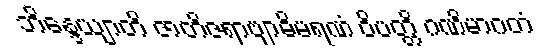
ဘိန္ဒေယျာတိ ဇာတိဇရာဗျာဓိမရဏံ ဝိပတ္တိ ဂဏိမာဂတံ